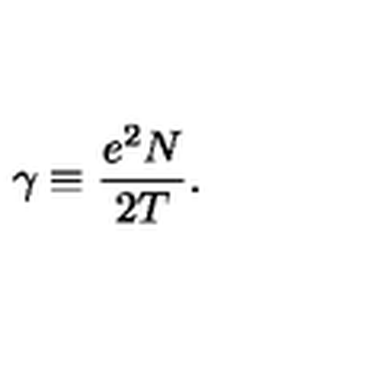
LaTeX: \gamma \equiv \frac { e ^ { 2 } N } { 2 T } .